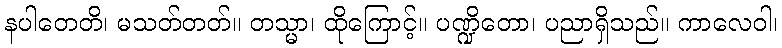
နပါတေတိ၊ မသတ်တတ်။ တသ္မာ၊ ထိုကြောင့်။ ပဏ္ဍိတော၊ ပညာရှိသည်။ ကာလေဝါ၊